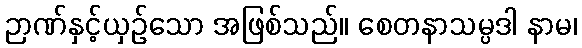
ဉာဏ်နှင့်ယှဉ်သော အဖြစ်သည်။ စေတနာသမ္ပဒါ နာမ၊